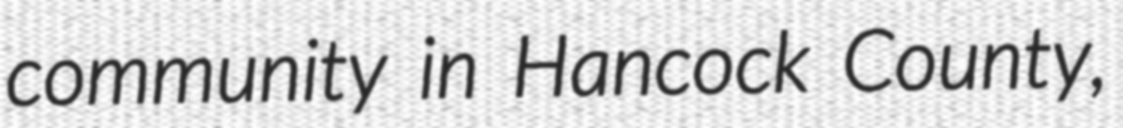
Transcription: community in Hancock County,